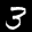
Label: 3